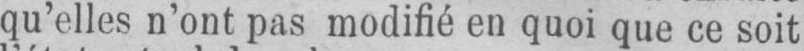
qu’elles n’ont pas modifié en quoi que ce soit